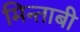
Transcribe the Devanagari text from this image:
मिन्ताबी